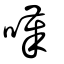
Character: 嘆